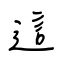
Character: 這